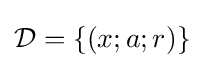
{\mathcal {D}}=\{(x;a;r)\}